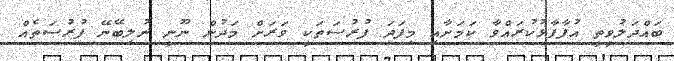
ބައްދަލުވީތީ އުފާފާޅުކުރައްވާ ކަމަށާއި މިފަދަ ފުރުސަތަކީ ވަރަށް މަދުން ނޫނީ ނުލިބޭނޭ ފުރުސަތެއް